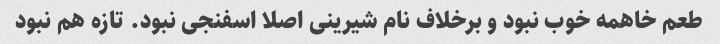
طعم خاهمه خوب نبود و برخلاف نام شیرینی اصلا اسفنجی نبود. تازه هم نبود